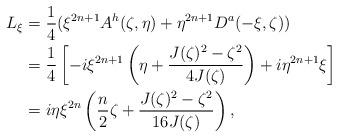
LaTeX: \begin{align*}L_\xi = & \ \frac14 (\xi^{2n+1} A^h(\zeta,\eta) + \eta^{2n+1} D^a(-\xi,\zeta)) \\ = & \ \frac14 \left[- i \xi^{2n+1} \left( \eta +\frac{J(\zeta)^2 -\zeta^2}{4J(\zeta)} \right) + i \eta^{2n+1} \xi \right]\\ = & \ i \eta \xi^{2n} \left( \frac{n}2 \zeta + \frac{J(\zeta)^2 -\zeta^2}{16 J(\zeta)} \right),\end{align*}